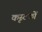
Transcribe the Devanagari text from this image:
कृस्टकों